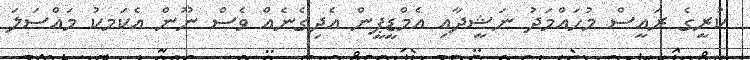
ކުރީގެ ރައީސް މުހައްމަދު ނަޝީދާއި އެމްޑީޕީން އެދިގެނެއް ވެސް ނޫން އެކަމކު މައްސަލަ